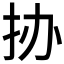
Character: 𰓊